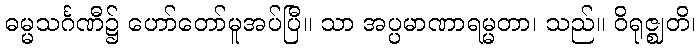
ဓမ္မသင်္ဂဏီ၌ ဟော်တော်မူအပ်ပြီ။ သာ အပ္ပမာဏာရမ္မတာ၊ သည်။ ဝိရုဇ္ဈတိ၊